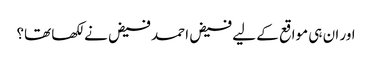
اور ان ہی مواقع کے لیے فیض احمد فیض نے لکھا تھا؟